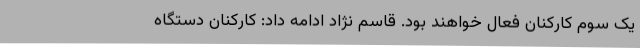
یک سوم کارکنان فعال خواهند بود. قاسم نژاد ادامه داد: کارکنان دستگاه